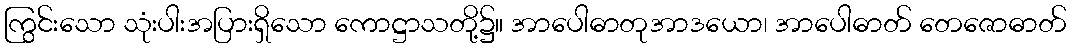
ကြွင်းသော သုံးပါးအပြားရှိသော ကောဋ္ဌာသတို့၌။ အာပေါဓာတုအာဒယော၊ အာပေါဓာတ် တေဇောဓာတ်